Lunatic asylums Bombay report 1891-1903 - 1891-1903
Year: 1891
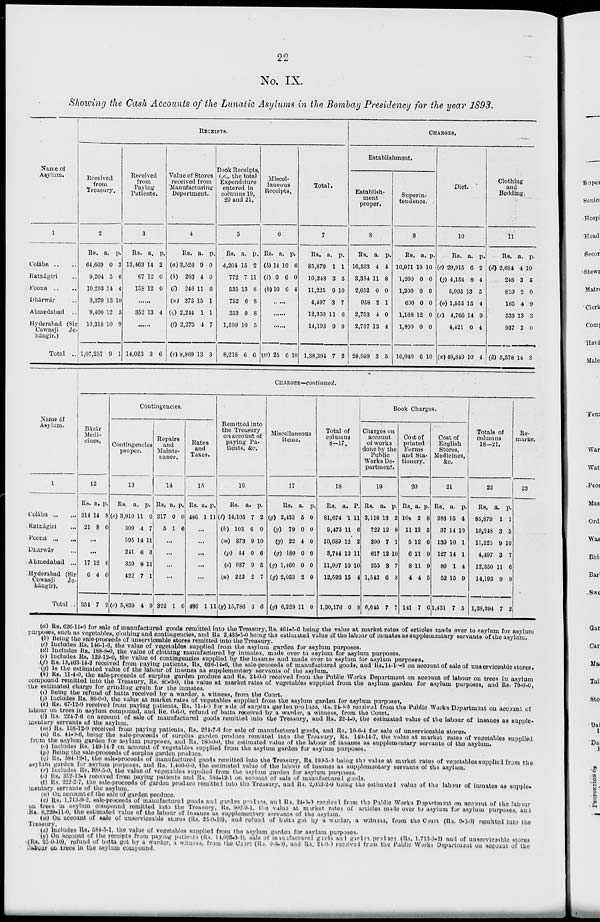
22
No. IX.
Showing the Cash Accounts of the Lunatic Asylums in the Bombay Presidency for the year 1893.
Name of
Asylum.
1
Colába .. ..
Ratnágiri ..
Poona .. ..
Dhárwár .. ..
Ahmedabad .. ..
Hyderabad (Sir
Cowasji
Je-
hangir.)
Total ..
RECEIPTS.
Received
from
Treasury.
2
Re.
64,669
9,204
10,203
3,370
9,400
10,318
1,07,257
a.
0
5
14
13
12
10
9
p.
3
6
4
10
5
9
1
Received
from
Paying
Patients.
3
Rs.
13,463
67
138
a.
14
12
12
p.
2
0
0
.....
352 13 4
.....
14,023 3 6
Value of Stores
received from
Manufacturing
Department.
4
Rs.
(a) 3,526
(h) 203
(l) 246
(n) 373
(q) 2,244
(t) 2,275
(c) 8,869
a.
9
4
11
15
1
4
13
p.
0
0
6
1
1
7
3
Book Receipts,
i.e., the total
Expenditure
entered in
columns 19,
20 and 21.
5
Rs.
4,204
772
535
752
353
1,599
8,218
a.
15
7
13
6
0
10
6
p.
2
11
8
8
8
5
6
Miscel-
laneous
Receipts.
6
Rs.
(b)14
(l) 0
(b)10
a.
10
6
6
p.
6
0
4
.....
.....
.....
(w) 25 6 10
Total.
7
Rs.
85,879
10,248
11,225
4,497
12,350
14,193
1,38,394
a.
1
3
9
3
11
9
7
p.
1
5
10
7
6
9
2
CHARGES.
Establishment.
Establish-
ment
proper.
8
Rs.
16,533
3,354
2,652
958
2,753
2,737
28,989
a.
4
11
0
2
4
13
3
p.
4
8
0
1
0
4
5
Superin-
tendence.
9
Rs.
10,971
1,200
1,200
600
1,169
1,800
16,940
a.
10
0
0
0
12
0
6
p.
10
0
0
0
0
0
10
Diet.
10
Rs.
(c) 29,915
(j) 4,154
5,035
(o) 1,555
(r) 4,766
4,421
(x) 49,849
a.
6
8
13
15
14
0
10
p.
2
4
5
4
9
4
4
Clothing
and
Bedding.
11
Rs.
(d) 2,684
248
810
165
533
937
(d) 5,378
a.
4
3
2
4
13
2
14
p.
10
5
0
9
3
0
3
CHARGES—continued.
Name of
Asylum.
1
Colába ... ...
Ratnágiri ...
Poona
...
...
Dhárwár ... ...
Ahmedabad ...
Hyderabad (Sir
Cowasji
Je-
hángir).
Total ..
Bázár
Medi-
cines,
12
Rs.
314
21
a.
14
8
p.
8
0
...
...
17
0
354
12
4
7
6
0
2
Contingencies.
Contingencies
proper.
13
Rs.
(e) 3,910
309
595
241
359
422
(e) 5,839
a.
11
4
14
6
8
7
4
p.
0
7
11
3
11
1
9
Repairs
and
Mainte-
nance.
14
Rs.
317
5
a.
0
1
p.
0
6
...
...
...
...
322 1 6
Rates
and
Taxes.
15
Rs.
436
a.
1
p.
11
...
...
...
. ..
...
4S6 1 11
Remitted into
the Treasury
on account of
paying Pa-
tients, &c.
16
Rs.
(f) 14,105
(k) 103
(m) 373
(p) 44
(s) 937
(u) 222
(y) 15,786
a.
7
6
9
0
9
2
3
p.
2
0
10
6
5
7
6
Miscellaneous
items.
17
Rs.
(g) 2,435
(g) 79
(g) 22
(g) 180
(g) 1,460
(g) 2,053
(g) 6,229
a.
5
0
4
0
0
2
11
p.
0
0
0
0
0
0
0
Total of
columns
8––17.
18
Rs.
81,674
9,475
10,689
3,744
11,997
12,593
1,30,176
a.
1
11
12
12
10
15
0
p.
11
6
2
11
10
4
8
Book Charges.
Charges on
account
of works
done by the
Public
Works De-
partment.
19
Rs.
3,116
722
390
617
255
1,542
6,645
a.
13
12
7
12
3
6
7
p.
2
8
1
10
7
3
7
Cost of
printed
Forms
and Sta-
tionery.
20
Rs.
104
11
5
6
8
4
141
a.
2
12
12
11
11
4
7
p.
8
5
6
9
9
5
6
Cost of
English
Stores,
Medicines,
&c.
21
Rs.
983
37
139
127
89
52
1,431
a.
15
14
10
14
1
15
7
p.
4
10
1
1
4
9
5
Totals of
columns
18–21.
22
Rs.
85,879
10,248
11,225
4,497
12,350
14,193
1,38,394
a.
1
3
9
3
11
9
7
p.
1
5
10
7
6
9
2
Re-
marks.
23
(a)Rs. 626-14-6 for sale of manufactured goods remitted into the Treasury, Rs. 461.5.6 being the value at market rates of articles made over to asylum for asylum
purposes, such as vegetables, clothing and contingencies, and Rs. 2,435-5-0 being the estimated value of the labour of inmates as supplementary servants of the asylum.
(b) Being the sale-proceeds of unserviceable stores remitted into the Treasury.
(c) Includes Rs. 146-1-6, the value of vegetables supplied from the asylum garden for asylum purposes.
(d) Includes Rs. 188-8-0, the value of clothing manufactured by inmates, made over to asylum for asylum purposes.
(e) Iucludes Rs. 129-12-0, the value of contingencies supplied by the insanes and made over to asylum for asylum purposes,
(f) Rs. 13,463-14 -2 received from paying patients, Rs. 626-14-6, the sale-proceeds of manufactured goods, and Rs.14-10-3 on account of sale of unserviceable stores.
(g) Is the estimated value of the labour of insanes as supplementary servants of the asylum.
(h) Rs. 11- 4 -0, the sale-proceeds of surplus garden produce and Rs. 24-0-0 received from the Public Works Department on account of labour on trees in asylum
compound remitted into the Treasury, Rs. 89-0-0, the value at market rates of vegetables supplied from the asylum garden for asylum purposes, and Rs. 79-0-0,
the estimated charge for grinding grain for the inmates.
(i) Being the refund of batta received by a warder, a witness, from the Court.
(j) Includes Rs. 89-0-0, the value at market rates of vegetables supplied from the asylum garden for asylum purpose.
(k) Rs. 67-12-0 received from paying patients. Rs. 11-4-0 for sale of surplus garden produce, Rs. 24-0-0 received from the Public Works Department on account of
labour on trees in asylum compound, and Re. 0-6-0, refund of batta received by a warder, a witness, from the Court.
(l) Rs. 224-7-6 on account of sale of manufactured goods remitted into the Treasury, and Rs. 22-4-0, the estimated value of the labour of insanes as supple-
mentary servants of the asylum.
(m) Rs. 138-12-0 received from paying patients, Rs. 224-7-6 for sale of manufactured goods, and Rs. 10-6-4 for sale of unserviceable stores.
(n) Rs. 44-0-6 , being the sale-proceeds of surplus garden produce remitted into the Treasury, Rs. 149-14 -7, the value at market rates of vegetables supplied
from the asylum garden for asylum purposes, and Rs. 180-0-0, the estimated value of the labour of insanes as supplementary servants of the asylum.
(o) Includes Rs. 149-14-7 on account of vegetables supplied from the asylum garden for asylum purposes.
(p) Being the sale-proceeds of surplus garden produce.
(q) Rs. 584-12-1, the sale-proceeds of manufactured goods remitted into the Treasury, Rs. 199-5-0 being the value at market rates of vegetables supplied from the
asylum garden for asylum purposes, and Rs. 1,460-0-0, the estimated value of the labour of insanes as supplementary servants of the asylum.
(r) Includes Rs. 199-5-0, the value of vegetables supplied from the asylum garden for asylum purposes.
(s) Rs. 352-13-4 received from paying patients and Rs. 584-12-1 on account of sale of manufactured goods.
(t) Rs. 222-2-7, the sale-proceeds of garden produce remitted into the Treasury, and Rs. 2,053-2-0 being the ostimitel value of the labour of inmates as supple-
mentary servants of the asylum.
(u) On account of the sale of garden produce.
(v) Rs. 1,713-9-2, sale-proceeds of manufactured goods and garden produce, and Rs. 24-0-0 received from the Public Works Department on account of the labour
on trees in asylum compound remitted into the Treasury, Rs. 902-9-1, the value at market rates of articles made over to asylum for asylum purposes, and
Rs. 6,229-11-0, the estimated value of the labour of insanes as supplementary servants of the asylum.
(w) On account of sale of unserviceable stores (Rs. 25-0-10), and refund of batta got by a warder, a witness, from the Court (Re. 0-6-0) remitted into the
Treasury.
(x) Includes Rs. 584-5-1, the value of vegetables supplied from the asylum garden for asylum purposes.
(y) On account of the receipts from paying patieats (Rs. 14,023-3-6), sale of in mafactured goods and garden produce (Rs. l,713-9-2) and of unserviceible stores
(Rs. 25-0-10), refund of batta got by a warder, a witness, from the Coart (Rs. 0-6-0), and Rs. 21-0-0 received from the Public Works Department on account of the
labour on trees in the asylum compound.